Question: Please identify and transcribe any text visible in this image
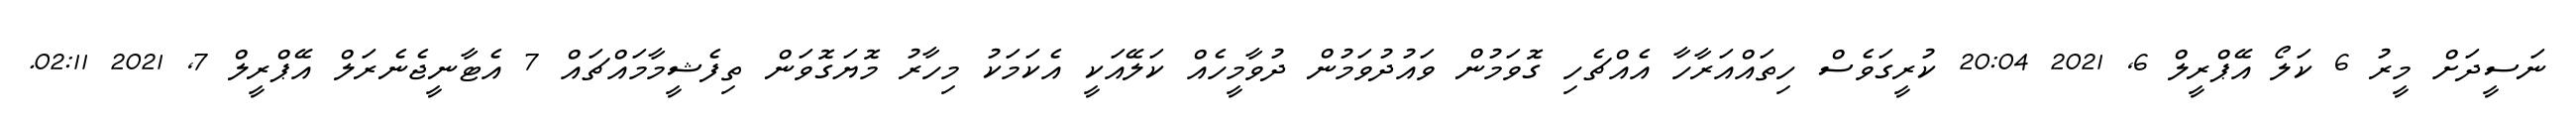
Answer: ނަސީދަށް މީރު 6 ކަލޯ އޭޕްރީލް 6, 2021 20:04 ކުރީގަވެސް ހިތައްއަރާހާ އެއްޗެހި ގޮވަމުން ވައުދުވަމުން ދުވާމީހެއް ކަލޭއަކީ އެކަމަކު މިހާރު މޮޔަގޮވަން ތިފެޝީމާމައްޗައް 7 އެޓާނީޖެނެރަލް އޭޕްރީލް 7, 2021 02:11.